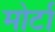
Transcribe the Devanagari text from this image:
मोर्टा